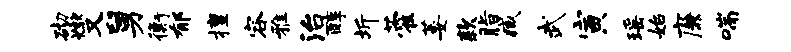
砌燮舅衡郁擅容雅治醇圻藿萎款脂臧武寅瑶始廉喘